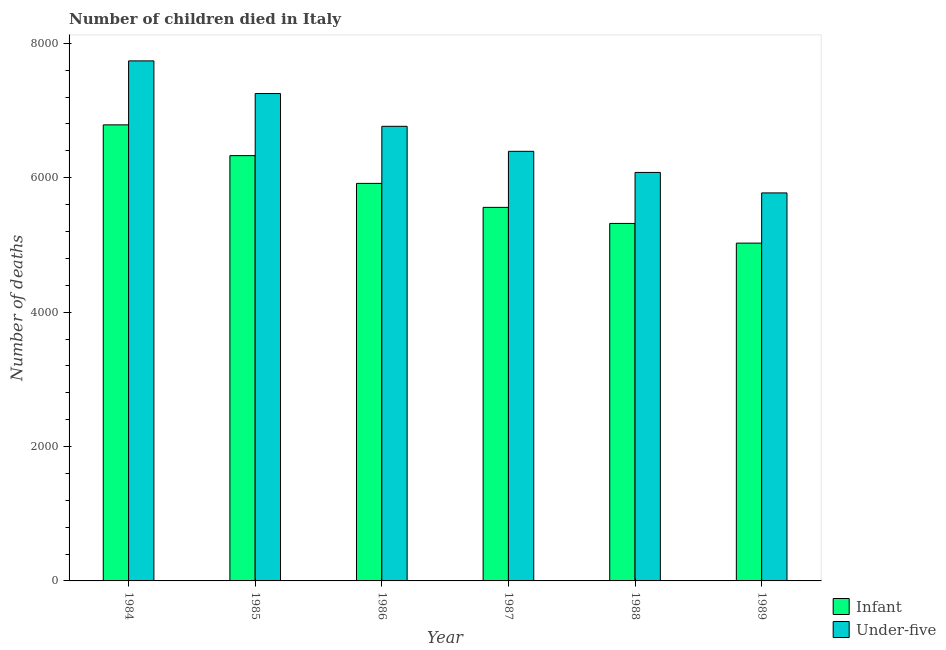
| Year | Infant | Under-five |
 | --- | --- | --- |
 | 1984 | 6.79e+03 | 7.74e+03 |
 | 1985 | 6.33e+03 | 7.25e+03 |
 | 1986 | 5.92e+03 | 6.76e+03 |
 | 1987 | 5.56e+03 | 6.39e+03 |
 | 1988 | 5.32e+03 | 6.08e+03 |
 | 1989 | 5.03e+03 | 5.77e+03 |